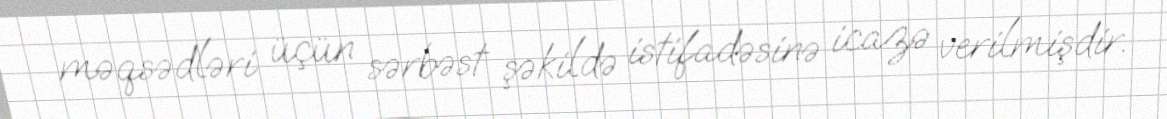
məqsədləri üçün sərbəst şəkildə istifadəsinə icazə verilmişdir.